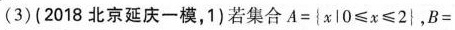
(3)(2018北京延庆一模，1)若集合$$A = { x | 0 ≤ x ≤ 2 }$$，$$B =$$